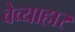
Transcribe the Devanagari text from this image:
वेव्याहार